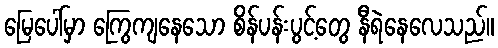
မြေပေါ်မှာ ကြွေကျနေသော စိန်ပန်းပွင့်တွေ နီရဲနေလေသည်။